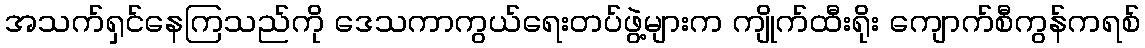
အသက်ရှင်နေကြသည်ကို ဒေသကာကွယ်ရေးတပ်ဖွဲ့များက ကျိုက်ထီးရိုး ကျောက်စီကွန်ကရစ်